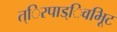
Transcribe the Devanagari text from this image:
त्िरपाड्िवभूिट